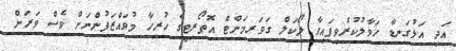
އަދި އަޅުގަނޑާ ހަވާލުކުރެވިފައިވާ ލޯކަލް ގަވަރމަންޓް އޮތޯރިޓީގެ ހުރިހާ މުވައްޒަފުންނަށް ވެސް ވަރަށް